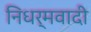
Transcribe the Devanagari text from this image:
निधर्मवादी